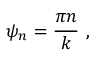
\psi _ { n } = { \frac { \pi n } { k } } \ ,